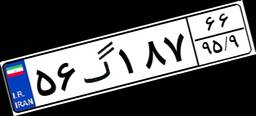
۰۵گ۹۵۹۸۶